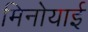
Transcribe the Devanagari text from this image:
मिनोयाई